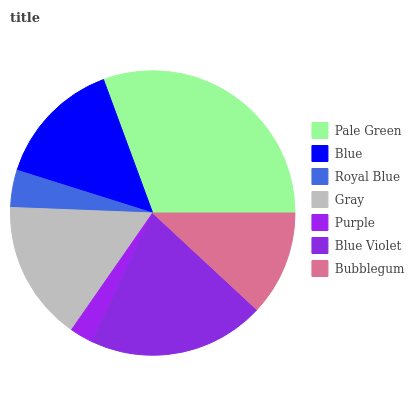
| Pale Green | Blue | Royal Blue | Gray | Purple | Blue Violet | Bubblegum |
 | --- | --- | --- | --- | --- | --- | --- |
 | 30.6% | 14.5% | 4.23% | 15.9% | 2.61% | 20.2% | 11.9% |